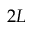
2 L